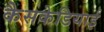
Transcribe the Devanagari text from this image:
कैसकेडियाई